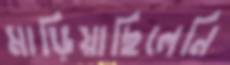
মাড়িয়াছিলেনি